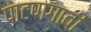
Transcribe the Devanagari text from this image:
पाटणगावी